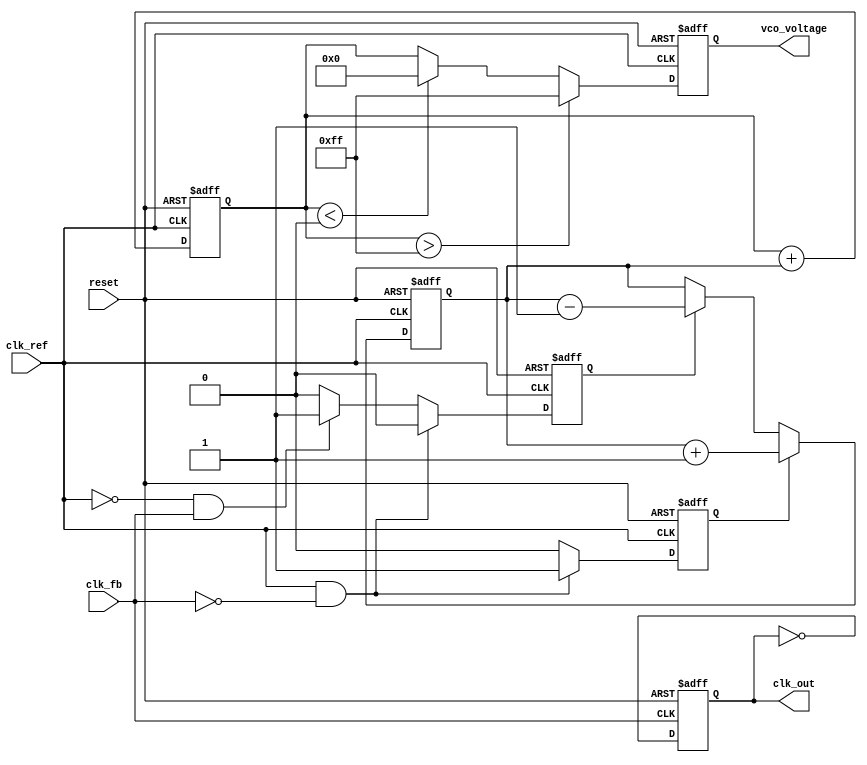
module CP_PLL (
    input wire clk_ref,          // Reference clock input
    input wire clk_fb,           // Feedback clock input
    input wire reset,            // Asynchronous reset
    output reg clk_out,          // Output clock
    output reg [7:0] vco_voltage // Control voltage for VCO (simplified)
);

// Parameters
parameter VCO_MAX_VOLTAGE = 8'hFF; // Max voltage for VCO
parameter VCO_MIN_VOLTAGE = 8'h00; // Min voltage for VCO
parameter CHARGE_PUMP_STEP = 8'h01; // Voltage step for charge pump

// Internal signals
reg up, down;                  // Signals from PFD
reg [7:0] charge_pump_output; // Output of the charge pump
reg [7:0] loop_filter;        // Output of the loop filter
reg [7:0] vco_frequency;      // VCO frequency control

// Phase Frequency Detector (PFD)
always @(posedge clk_ref or posedge reset) begin
    if (reset) begin
        up <= 0;
        down <= 0;
    end else begin
        // Compare reference clock and feedback clock
        if (clk_ref && !clk_fb) begin
            up <= 1;    // Feedback clock is lagging
            down <= 0;
        end else if (!clk_ref && clk_fb) begin
            up <= 0;
            down <= 1;  // Feedback clock is leading
        end else begin
            up <= 0;
            down <= 0;  // No action
        end
    end
end

// Charge Pump
always @(posedge clk_ref or posedge reset) begin
    if (reset) begin
        charge_pump_output <= 8'h00;
    end else begin
        if (up) begin
            charge_pump_output <= charge_pump_output + CHARGE_PUMP_STEP;
        end else if (down) begin
            charge_pump_output <= charge_pump_output - CHARGE_PUMP_STEP;
        end
    end
end

// Loop Filter (Simple Integrator)
always @(posedge clk_ref or posedge reset) begin
    if (reset) begin
        loop_filter <= 8'h00;
    end else begin
        loop_filter <= loop_filter + charge_pump_output; // Integrate charge pump output
    end
end

// Voltage-Controlled Oscillator (VCO) - Simplified
always @(posedge clk_ref or posedge reset) begin
    if (reset) begin
        vco_frequency <= VCO_MIN_VOLTAGE;
        vco_voltage <= VCO_MIN_VOLTAGE;
    end else begin
        // Update VCO frequency based on loop filter output
        if (loop_filter > VCO_MAX_VOLTAGE) begin
            vco_voltage <= VCO_MAX_VOLTAGE;
        end else if (loop_filter < VCO_MIN_VOLTAGE) begin
            vco_voltage <= VCO_MIN_VOLTAGE;
        end else begin
            vco_voltage <= loop_filter; // Control voltage for VCO
        end
    end
end

// Feedback Divider (simplified)
always @(posedge clk_fb or posedge reset) begin
    if (reset) begin
        clk_out <= 0;
    end else begin
        clk_out <= ~clk_out; // Toggle output clock
    end
end

endmodule